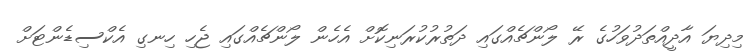
މިދިޔަ އާދީއްތަދުވަހުގެ ރޭ ލޯންޗެއްގައި ދަތުރުކުރަނިކޮށް އެހެން ލޯންޗެއްގައި ޖެހި ހިނގި އެކްސިޑެންޓަށް